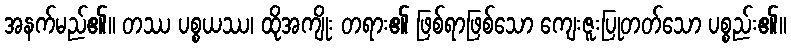
အနက်မည်၏။ တဿ ပစ္စယဿ၊ ထိုအကျိုး တရား၏ ဖြစ်ရာဖြစ်သော ကျေးဇူးပြုတတ်သော ပစ္စည်း၏။